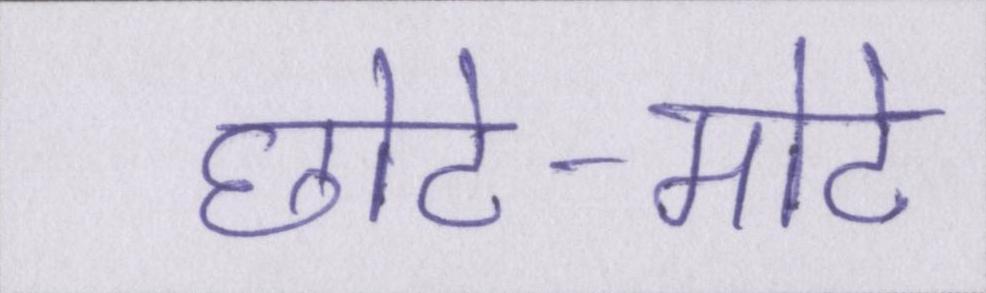
छोटे-मोटे